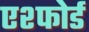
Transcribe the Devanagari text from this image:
एश्फोर्ड